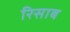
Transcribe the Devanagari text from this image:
रिसाब